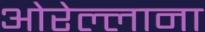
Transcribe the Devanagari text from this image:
ओरेल्लाना